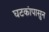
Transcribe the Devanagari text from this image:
घटकांपासुन